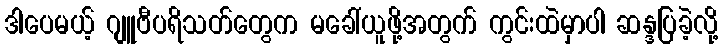
ဒါပေမယ့် ဂျူဗီပရိသတ်တွေက မခေါ်ယူဖို့အတွက် ကွင်းထဲမှာပါ ဆန္ဒပြခဲ့လို့